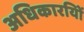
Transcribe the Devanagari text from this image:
अधिकारयिों